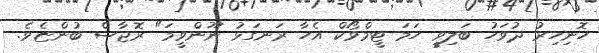
ހޮނިހިރު ދުވަހު ބަލިވީ ހަމަ ޓީމްވޯކް އެހާ ރަނގަޅު ނޫންވީމަ" ރޮޖާސް ބުންޏެވެ.